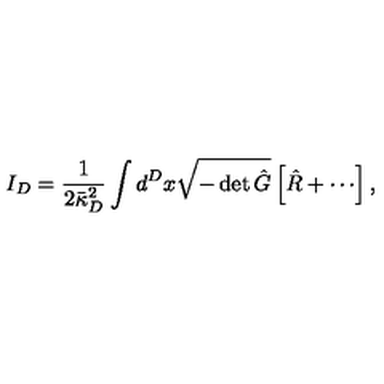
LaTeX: I _ { D } = \frac { 1 } { 2 \bar { \kappa } _ { D } ^ { 2 } } \int d ^ { D } x \sqrt { - \det \hat { G } } \left[ { \hat { R } } + \cdots \right] ,